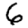
Digit: 6